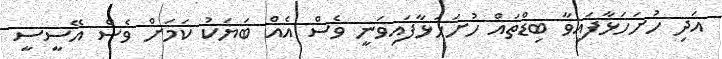
އަދި ހުށަހަޅާފަައިވާ ބިޑްތައް ހުށަހަޅާފައިވަނީ ވެސް އެއް ބަޔަކު ކަމަށް ވެސް އޭސީސީ